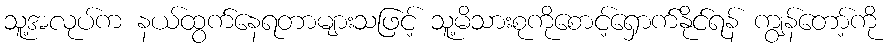
သူ့အလုပ်က နယ်ထွက်နေရတာများသဖြင့် သူ့မိသားစုကိုစောင့်ရှောက်နိုင်ရန် ကျွန်တော့်ကို